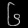
Digit: ၆